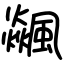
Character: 飊